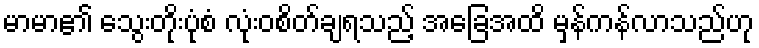
မာမာ၏ သွေးတိုးပုံစံ လုံးဝစိတ်ချရသည့် အခြေအထိ မှန်ကန်လာသည်ဟု